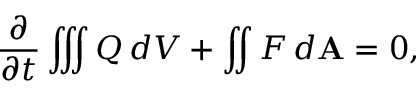
{ \frac { \partial } { \partial t } } \iiint Q \, d V + \iint F \, d \mathbf { A } = 0 ,